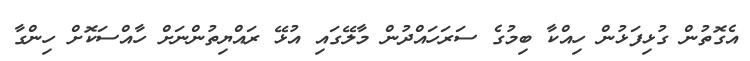
އެގޮތުން ގުޅިފަޅުން ހިއްކާ ބިމުގެ ސަރަހައްދުން މާލޭގައި އުޅޭ ރައްޔިތުންނަށް ހާއްސަކޮށް ހިންގާ